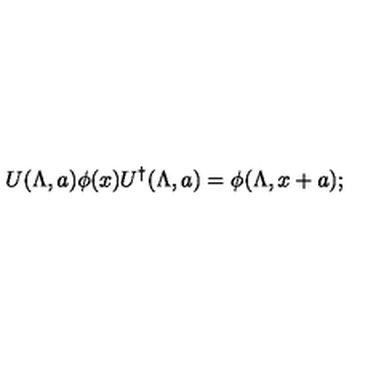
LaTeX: U ( \Lambda , a ) \phi ( x ) U ^ { \dagger } ( \Lambda , a ) = \phi ( \Lambda , x + a ) ;